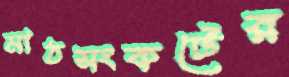
মাঠসংকটের